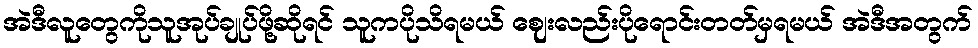
အဲဒီလူတွေကိုသူအုပ်ချုပ်ဖို့ဆိုရင် သူကပိုသိရမယ် ဈေးလည်းပိုရောင်းတတ်မှရမယ် အဲဒီအတွက်